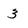
Character: 3